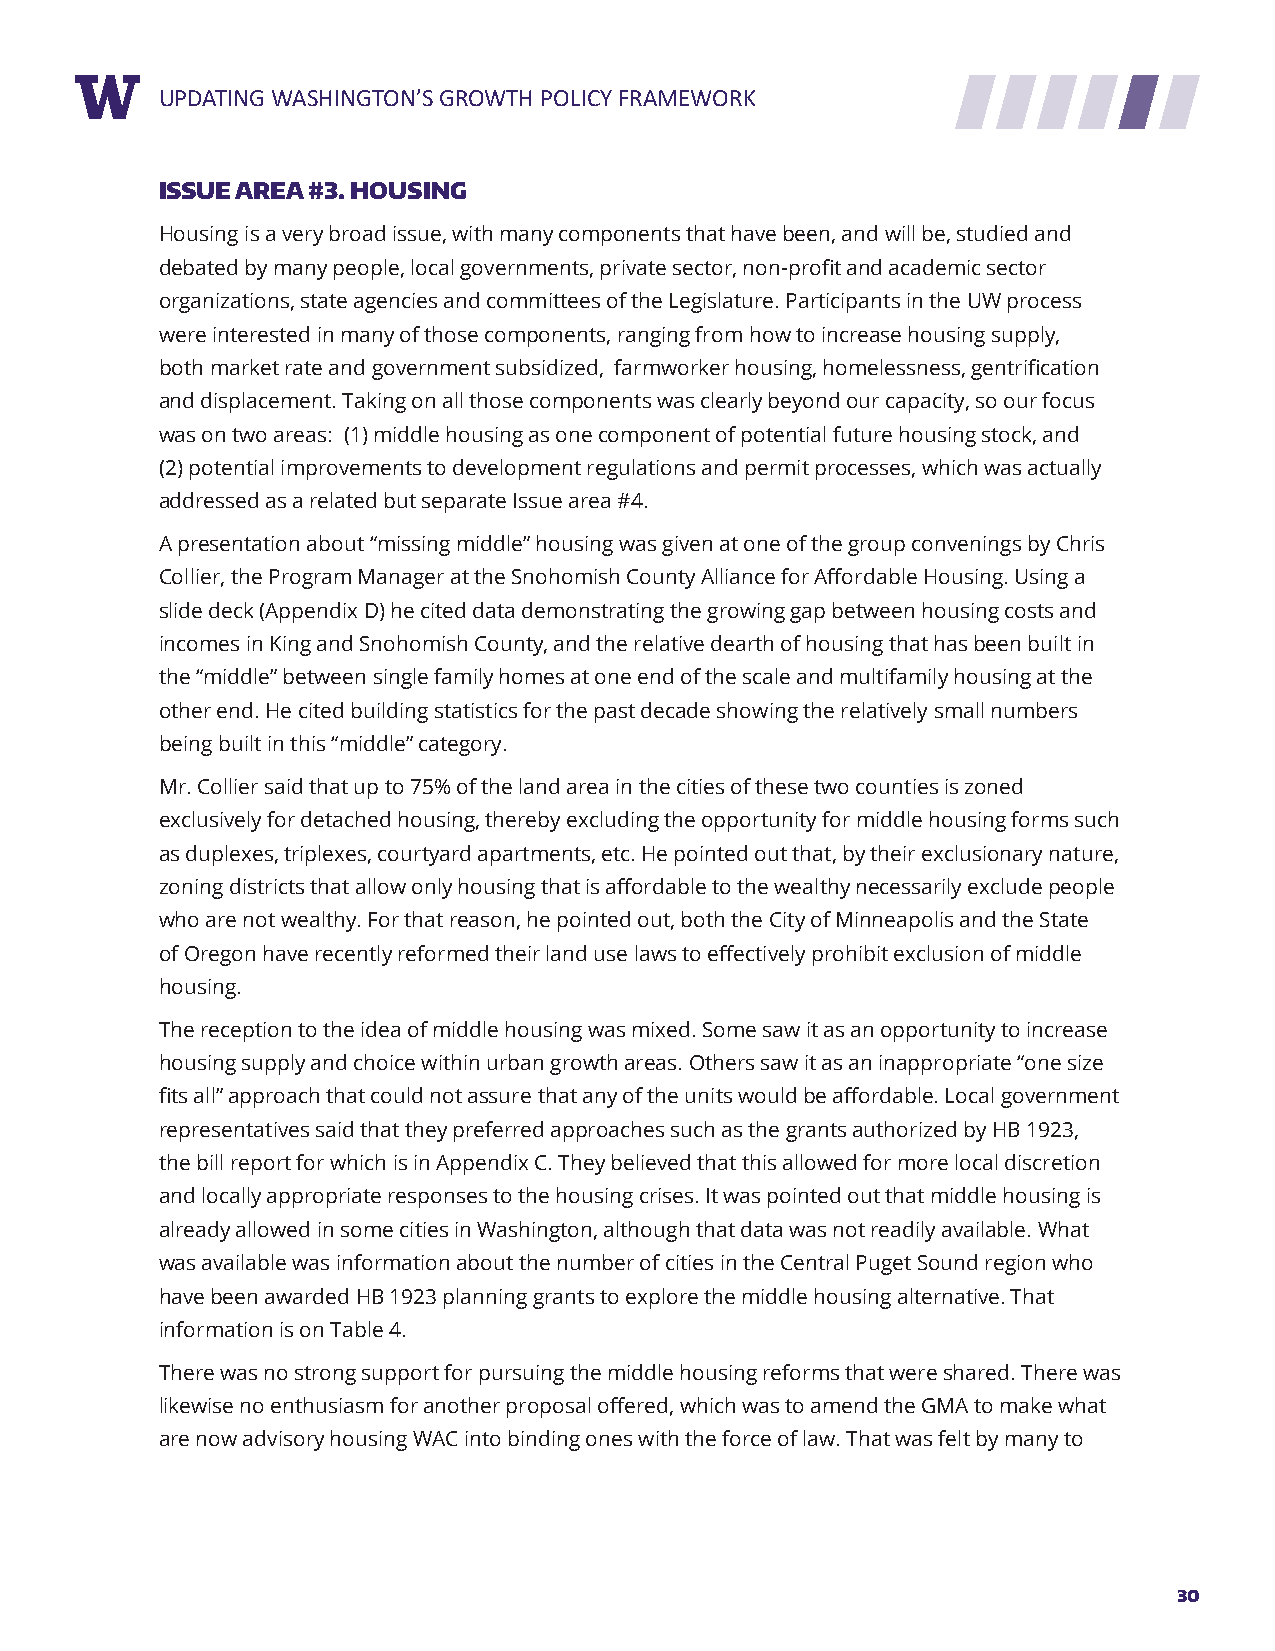
RUEPPDOARTTIN TGIT WLEASHINGTON’S GROWTH POLICY FRAMEWORK
 ISSUE AREA #3. HOUSING
 Housing is a very broad issue, with many components that have been, and will be, studied and
 debated by many people, local governments, private sector, non-profit and academic sector
 organizations, state agencies and committees of the Legislature. Participants in the UW process
 were interested in many of those components, ranging from how to increase housing supply,
 both market rate and government subsidized, farmworker housing, homelessness, gentrification
 and displacement. Taking on all those components was clearly beyond our capacity, so our focus
 was on two areas: (1) middle housing as one component of potential future housing stock, and
 (2) potential improvements to development regulations and permit processes, which was actually
 addressed as a related but separate Issue area #4.
 A presentation about “missing middle” housing was given at one of the group convenings by Chris
 Collier, the Program Manager at the Snohomish County Alliance for Affordable Housing. Using a
 slide deck (Appendix D) he cited data demonstrating the growing gap between housing costs and
 incomes in King and Snohomish County, and the relative dearth of housing that has been built in
 the “middle” between single family homes at one end of the scale and multifamily housing at the
 other end. He cited building statistics for the past decade showing the relatively small numbers
 being built in this “middle” category.
 Mr. Collier said that up to 75% of the land area in the cities of these two counties is zoned
 exclusively for detached housing, thereby excluding the opportunity for middle housing forms such
 as duplexes, triplexes, courtyard apartments, etc. He pointed out that, by their exclusionary nature,
 zoning districts that allow only housing that is affordable to the wealthy necessarily exclude people
 who are not wealthy. For that reason, he pointed out, both the City of Minneapolis and the State
 of Oregon have recently reformed their land use laws to effectively prohibit exclusion of middle
 housing.
 The reception to the idea of middle housing was mixed. Some saw it as an opportunity to increase
 housing supply and choice within urban growth areas. Others saw it as an inappropriate “one size
 fits all” approach that could not assure that any of the units would be affordable. Local government
 representatives said that they preferred approaches such as the grants authorized by HB 1923,
 the bill report for which is in Appendix C. They believed that this allowed for more local discretion
 and locally appropriate responses to the housing crises. It was pointed out that middle housing is
 already allowed in some cities in Washington, although that data was not readily available. What
 was available was information about the number of cities in the Central Puget Sound region who
 have been awarded HB 1923 planning grants to explore the middle housing alternative. That
 information is on Table 4.
 There was no strong support for pursuing the middle housing reforms that were shared. There was
 likewise no enthusiasm for another proposal offered, which was to amend the GMA to make what
 are now advisory housing WAC into binding ones with the force of law. That was felt by many to
 30